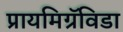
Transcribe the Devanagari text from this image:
प्रायमिग्रॅविडा